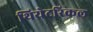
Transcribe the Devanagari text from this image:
थियेटरिकल